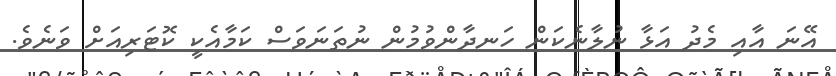
އޭނަ އާއި މެދު އަޅާ ނުލާނެކަން ހަނދާންވުމުން ނުތަނަވަސް ކަމާއެކީ ކޮޓަރިއަށް ވަނެވެ.